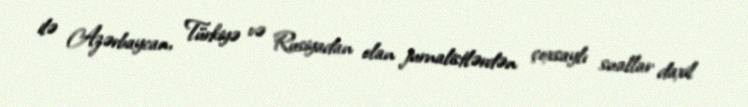
ilə Azərbaycan, Türkiyə və Rusiyadan olan jurnalistlərdən çoxsaylı suallar daxil